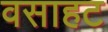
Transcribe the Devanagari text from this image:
वसाहट